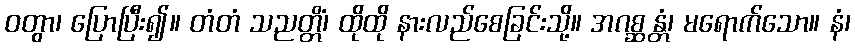
ဝတွာ၊ ပြောပြီး၍။ တံတံ သညတ္တိံ၊ ထိုထို နားလည်စေခြင်းသို့။ အဂစ္ဆန္တံ၊ မရောက်သော။ နံ၊